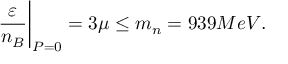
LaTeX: \frac { \varepsilon } { n _ { B } } \bigg | _ { P = 0 } = 3 \mu \leq m _ { n } = 9 3 9 M e V .